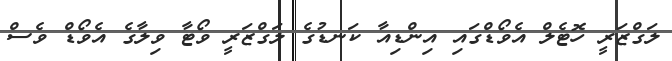
ލަގްޒަރީ ހޮޓެލް އެވޯޑްގައި އިންޑިއާ ކަނޑުގެ ލަގްޒަރީ ވޯޓާ ވިލާގެ އެވޯޑް ވެސް